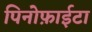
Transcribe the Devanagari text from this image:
पिनोफ़ाईटा